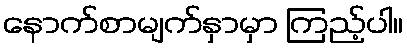
နောက်စာမျက်နှာမှာ ကြည့်ပါ။